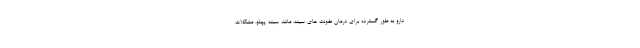
دارو به طور گسترده برای درمان عفونت های سینه، مانند سینه پهلو، مشکلات